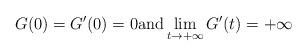
LaTeX: \begin{align*}G(0) = G'(0) = 0\mbox{and}\lim_{t\rightarrow+\infty}G'(t) = +\infty\end{align*}